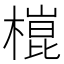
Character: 𣙍